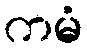
ကမံ